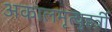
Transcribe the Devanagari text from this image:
अकालमृत्युहर्त्री